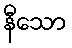
နီသော